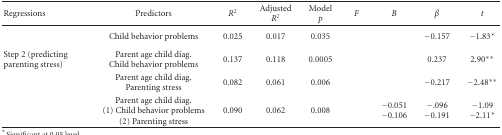
<table><thead><tr><td><b>Regressions</b></td><td><b>Predictors</b></td><td><b><i>R</i><sup>2</sup></b></td><td><b>Adjusted <i>R</i><sup>2</sup></b></td><td><b>Model <i>p </i></b></td><td><b><i>F</i></b></td><td><b><i>B</i></b></td><td><b><i>β</i></b></td><td><b><i>t</i></b></td></tr></thead><tbody><tr><td>[EMPTY_CELL]</td><td>Child behavior problems</td><td>0.025</td><td>0.017</td><td>0.035</td><td>[EMPTY_CELL]</td><td>[EMPTY_CELL]</td><td>−0.157</td><td>−1.83*</td></tr><tr><td>Step 2 (predicting parenting stress)</td><td>Parent age child diag.Child behavior problems</td><td>0.137</td><td>0.118</td><td>0.0005</td><td>[EMPTY_CELL]</td><td>[EMPTY_CELL]</td><td>0.237</td><td>2.90**</td></tr><tr><td>[EMPTY_CELL]</td><td>Parent age child diag.Parenting stress</td><td>0.082</td><td>0.061</td><td> 0.006</td><td>[EMPTY_CELL]</td><td>[EMPTY_CELL]</td><td> −0.217</td><td>−2.48**</td></tr><tr><td>[EMPTY_CELL]</td><td>Parent age child diag. (1) Child behavior problems (2) Parenting stress</td><td>0.090</td><td>0.062</td><td>0.008</td><td>[EMPTY_CELL]</td><td>−0.051−0.106</td><td> −.096−0.191</td><td>−1.09−2.11*</td></tr></tbody></table>